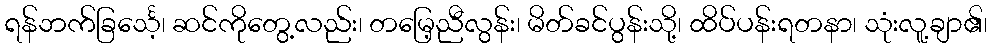
ရန်ဘက်ခြင်္သေ့၊ ဆင်ကိုတွေ့လည်း၊ တမြေ့ညီလွန်း၊ မိတ်ခင်ပွန်းသို့၊ ထိပ်ပန်းရတနာ၊ သုံးလူ့ချာ၏၊